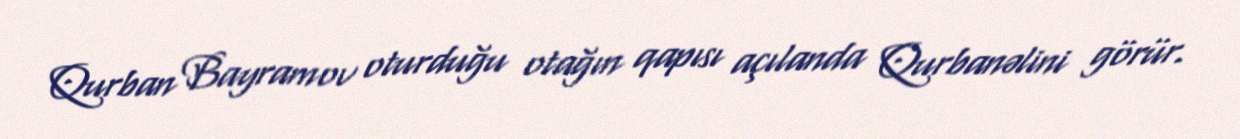
Qurban Bayramov oturduğu otağın qapısı açılanda Qurbanəlini görür.